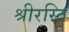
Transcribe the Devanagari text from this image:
श्रीरस्ति